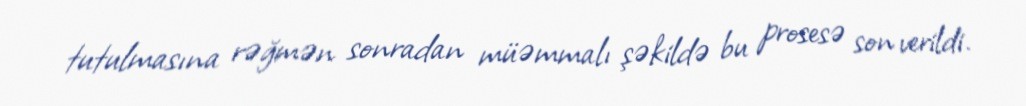
tutulmasına rəğmən sonradan müəmmalı şəkildə bu prosesə son verildi.